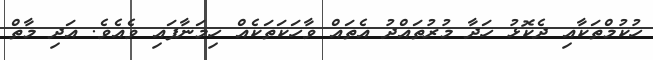
ހުކުމްތަކާއި ދެކޮޅު ހަދާ މުރުތައްދު އެތައް ވާހަކަތަކެއް ހިމަނާފައި ވެއެވެ. އަދި މާތް